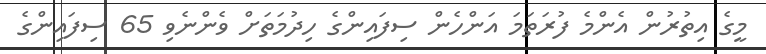
މީގެ އިތުރުން އެންމެ ފުރަތަމަ އަންހެން ސިފައިންގެ ހިދުމަތަށް ވެންނެވި 65 ސިފައިންގެ